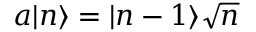
a | n \rangle = | n - 1 \rangle { \sqrt { n } }